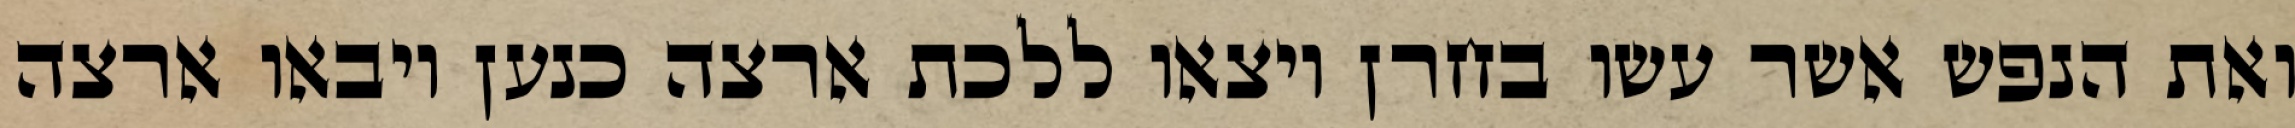
ואת הנפש אשר עשו בחרן ויצאו ללכת ארצה כנען ויבאו ארצה